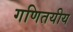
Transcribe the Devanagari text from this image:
गणितयीय